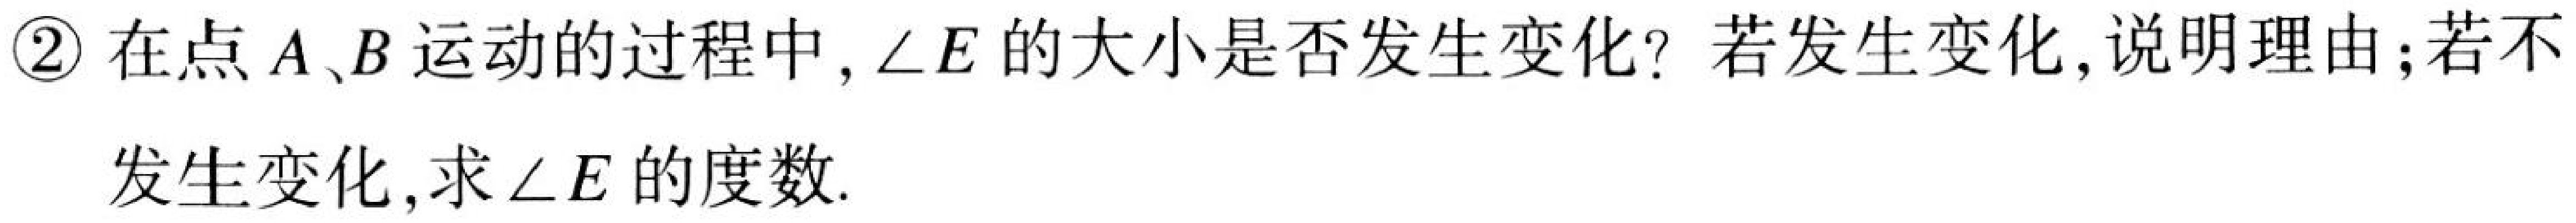
\textcircled{2}在点\(A、B\)运动的过程中, \(\angle E\)的大小是否发生变化? 若发生变化,说明理由;若不发生变化,求\(\angle E\)的度数.